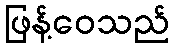
ဖြန့်ဝေသည်